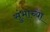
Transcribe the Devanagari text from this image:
सुंभाच्या